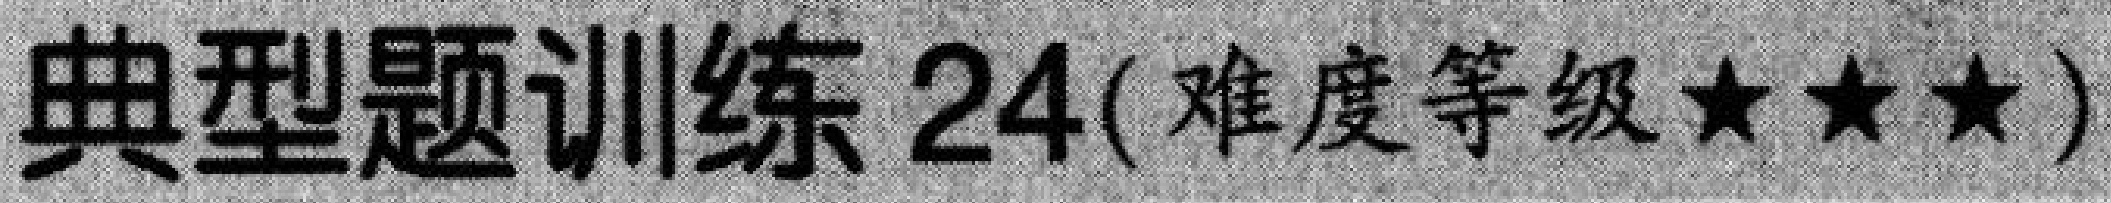
典型题训练 24(难度等级★★★)